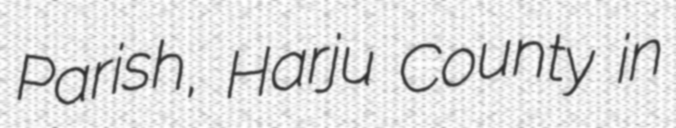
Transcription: Parish, Harju County in